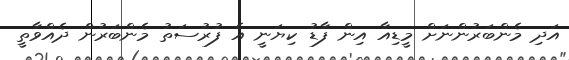
އަދި މެންބަރުންނަށް މީޑިއާ އިން ފާޑު ކިޔަނީ އެ ފުރުސަތު މެންބަރުން ދެއްވާތީ